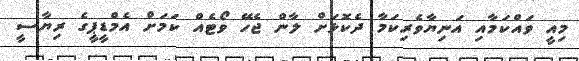
މިއީ ވައްކަމާއި އަނިޔާވެރިކަމާ ދެކޮޅަށް ލާން ޖެހޭ ވޯޓެއް ކަމަށް އެމްޑީޕީގެ ރިޔާސީ